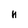
Character: n